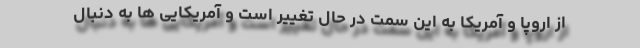
از اروپا و آمریکا به این سمت در حال تغییر است و آمریکایی ها به دنبال